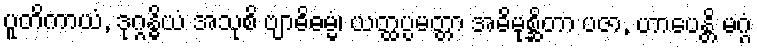
ပူတိကာယံ, ဒုဂ္ဂန္ဓိယံ အသုစိ ဗျာဓိဓမ္မံ၊ ယတ္ထပ္ပမတ္တာ အဓိမုစ္ဆိတာ ပဇာ, ဟာပေန္တိ မဂ္ဂံ